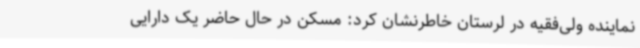
نماینده ولی‌فقیه در لرستان خاطرنشان کرد: مسکن در حال حاضر یک دارایی